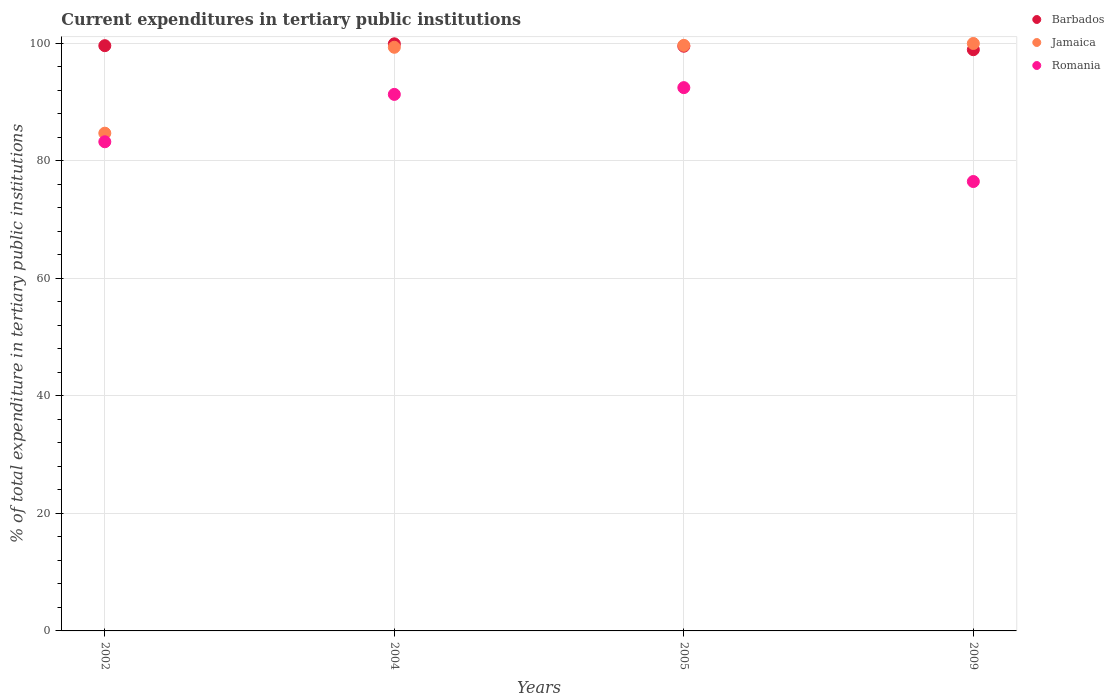
| Years | Barbados | Jamaica | Romania |
 | --- | --- | --- | --- |
 | 2002 | 99.6 | 84.7 | 83.3 |
 | 2004 | 99.9 | 99.4 | 91.3 |
 | 2005 | 99.5 | 99.7 | 92.5 |
 | 2009 | 98.9 | 100 | 76.5 |